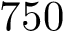
7 5 0